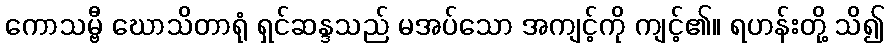
ကောသမ္ဗီ ဃောသိတာရုံ ရှင်ဆန္ဒသည် မအပ်သော အကျင့်ကို ကျင့်၏။ ရဟန်းတို့ သိ၍